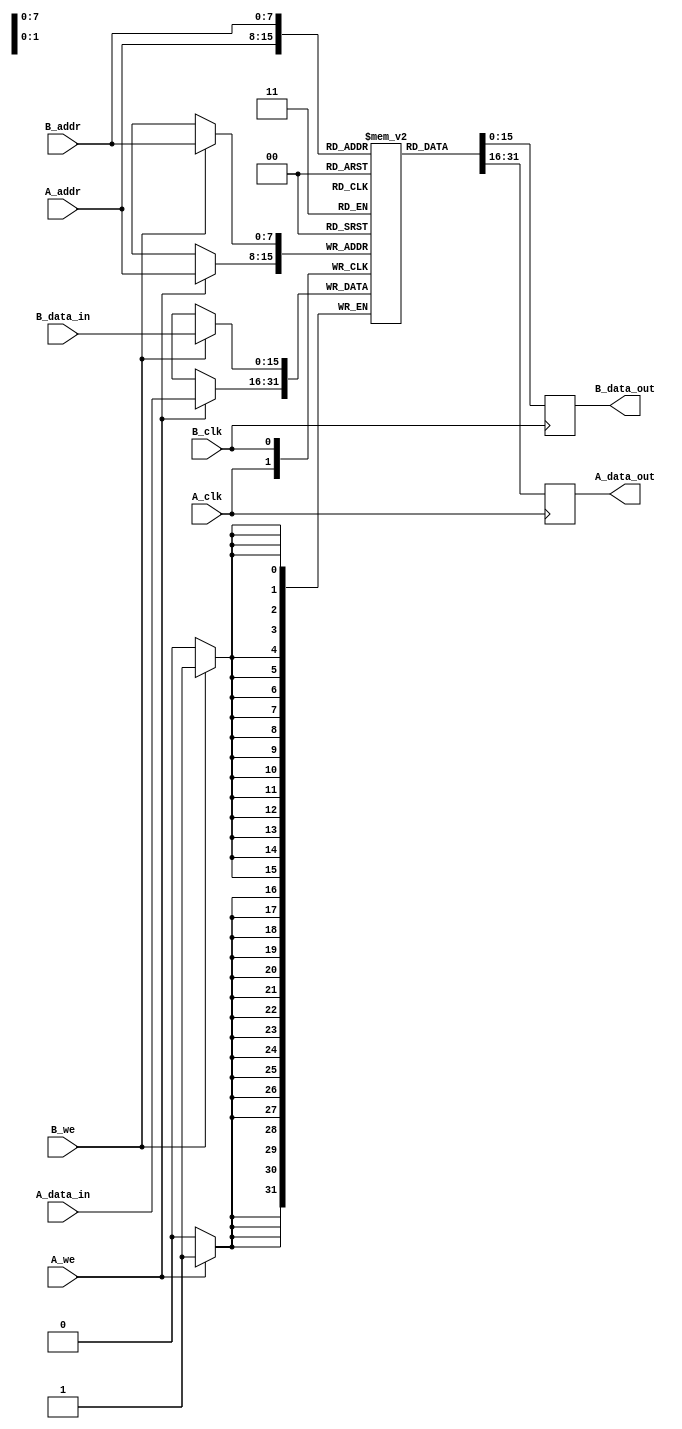
module dual_port_ram #(
    parameter ADDR_WIDTH = 8,  // Width of the address bus
    parameter DATA_WIDTH = 16,  // Width of the data bus
    parameter DEPTH = (1 << ADDR_WIDTH) // Depth of the memory array
)(
    // Port A
    input wire [ADDR_WIDTH-1:0] A_addr,
    input wire [DATA_WIDTH-1:0] A_data_in,
    output reg [DATA_WIDTH-1:0] A_data_out,
    input wire A_we,
    input wire A_clk,

    // Port B
    input wire [ADDR_WIDTH-1:0] B_addr,
    input wire [DATA_WIDTH-1:0] B_data_in,
    output reg [DATA_WIDTH-1:0] B_data_out,
    input wire B_we,
    input wire B_clk
);

    // Memory array declaration
    reg [DATA_WIDTH-1:0] mem [0:DEPTH-1];

    // Port A operations
    always @(posedge A_clk) begin
        if (A_we) begin
            // Write operation for Port A
            mem[A_addr] <= A_data_in;
        end
        // Read operation for Port A
        A_data_out <= mem[A_addr];
    end

    // Port B operations
    always @(posedge B_clk) begin
        if (B_we) begin
            // Write operation for Port B
            mem[B_addr] <= B_data_in;
        end
        // Read operation for Port B
        B_data_out <= mem[B_addr];
    end

endmodule